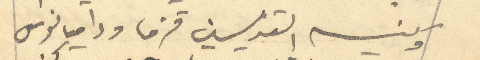
وكنيسه القديسين قزما وداميانوس